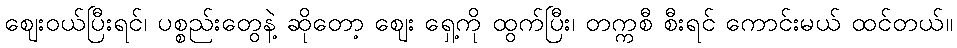
ဈေးဝယ်ပြီးရင်၊ ပစ္စည်းတွေနဲ့ ဆိုတော့ ဈေး ရှေ့ကို ထွက်ပြီး၊ တက္ကစီ စီးရင် ကောင်းမယ် ထင်တယ်။